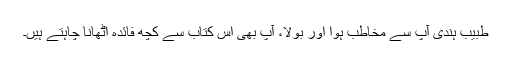
طبیب ہندی آپ سے مخاطب ہوا اور بولا، آپ بھی اس کتاب سے کچھ فائدہ اُٹھانا چاہتے ہیں۔